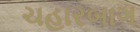
ચહારબાગ